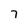
Character: 7